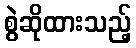
စွဲဆိုထားသည့်